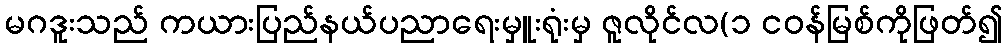
မဂဒူးသည် ကယားပြည်နယ်ပညာရေးမှူးရုံးမှ ဇူလိုင်လ(၁ ငဝန်မြစ်ကိုဖြတ်၍